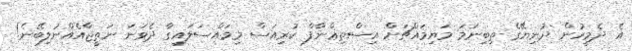
އެ ދެމީހުން ދުނިޔޭގެ ތިބިނަމަ މަޔިމައްޗަށް އިސްތިޢްނާފް ކުރިއަސް މިމައްސަލައިގާ ދެވަނަ ނަތީޖާއެއްނުލިބޭނެ!